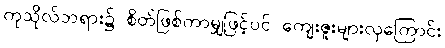
ကုသိုလ်တရား၌ စိတ်ဖြစ်ကာမျှဖြင့်ပင် ကျေးဇူးများလှကြောင်း